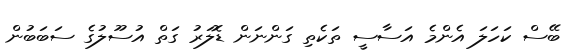
ބޭސް ކަހަލަ އެންމެ އަސާސީ ތަކެތި ގަންނަން ޑޮލަރު ގަތް އުސޫލުގެ ސަބަބުން